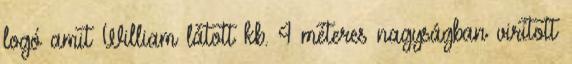
logó amit William látott kb. 4 méteres nagyságban virított